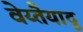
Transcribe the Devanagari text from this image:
वेय्तैयादु